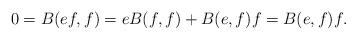
LaTeX: \begin{align*}0=B(ef,f)=eB(f,f)+B(e,f)f=B(e,f)f.\end{align*}